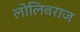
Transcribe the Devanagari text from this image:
लोलिवराज